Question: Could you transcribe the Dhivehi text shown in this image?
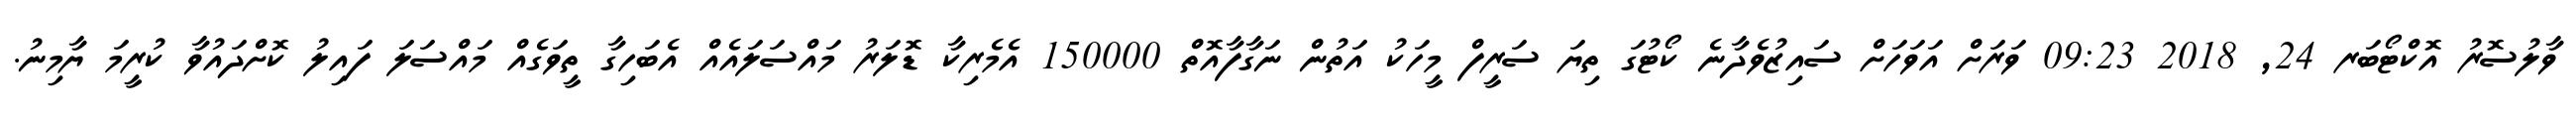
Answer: ވާލުސޮރު އޮކްޓޯބަރ 24, 2018 09:23 ވަރަށް އަވަހަށް ސައިޒުވެދާނެ ކޯޓުގަ ތިޔަ ސަރީފް މީހަކު އަތުން ނަގާފާއޮތް 150000 އެމެރިކާ ޑޮލަރު މައްސަލައެއް އެބަހިގާ ތީވަގެއް މައްސަލަ ފައިލު ކޮށްދައުވާ ކުރީމަ ޔާމިނު.